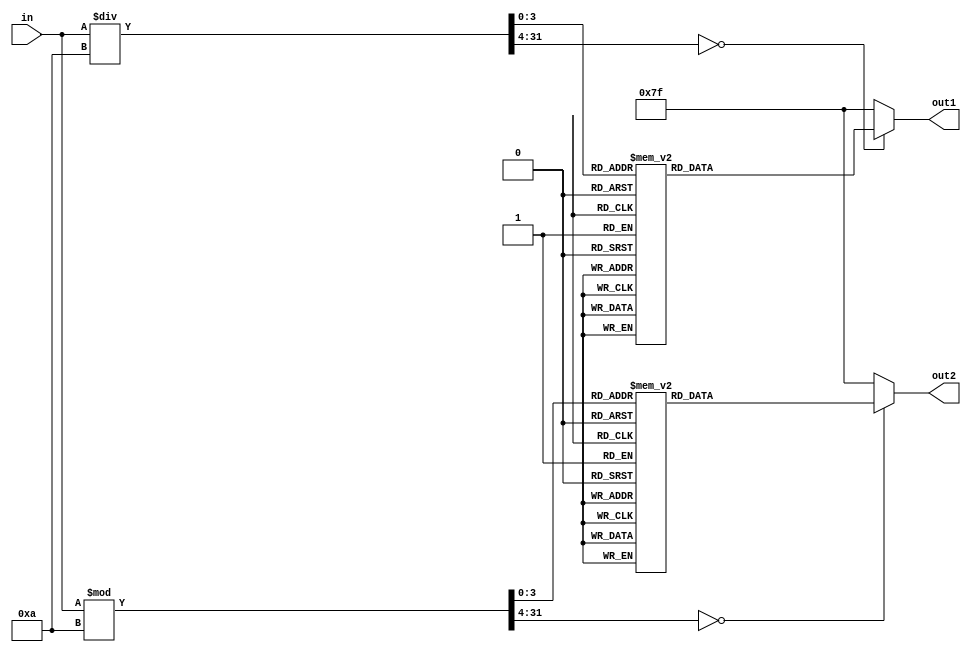
module display(in,out1,out2);
input [7:0] in;
output reg [6:0]out1;
output reg [6:0]out2;
always @(in)
begin
	case(in/10)
		0:out1=7'b1000000;
		1:out1=7'b1111001;
		2:out1=7'b0100100;
		3:out1=7'b0110000;
		4:out1=7'b0011001;
		5:out1=7'b0010010;
		6:out1=7'b0000010;
		7:out1=7'b1111000;
		8:out1=7'b0000000;
		9:out1=7'b0010000;
		default:out1=7'b1111111;
	endcase
	case(in%10)
		0:out2=7'b1000000;
		1:out2=7'b1111001;
		2:out2=7'b0100100;
		3:out2=7'b0110000;
		4:out2=7'b0011001;
		5:out2=7'b0010010;
		6:out2=7'b0000010;
		7:out2=7'b1111000;
		8:out2=7'b0000000;
		9:out2=7'b0010000;
		default:out2=7'b1111111;
	endcase
end
endmodule